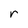
Character: r